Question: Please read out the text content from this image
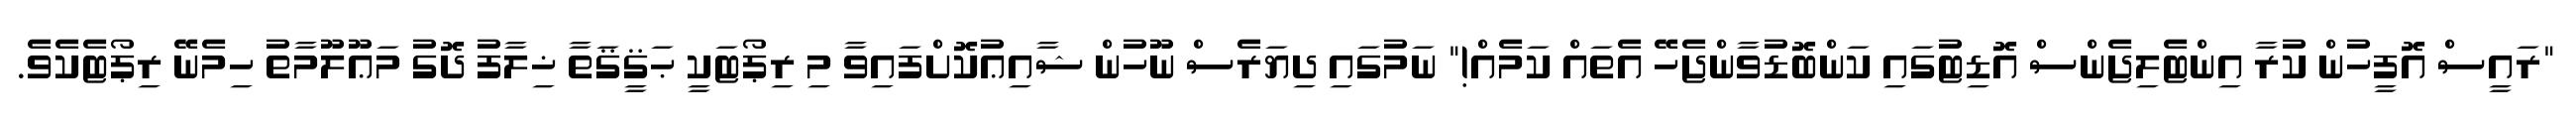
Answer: "ރައީސް އޮފީހުން ކުރާ އިންޓެލިޖެންސް އޮޑިޓުގައި ކަންބޮޑުވާންޖެހޭ އެތައް ކަމެއް!" ނަމުގައި ދިޔަރެސް ނޫހުން ޝާއިޢުކޮށްފައިވާ މި ރިޕޯޓަކީ ޙަޤީޤަތާ ޚިލާފު ދޮގު މަޢޫލޫމާތު ހިމެނޭ ރިޕޯޓެކެވެ.